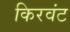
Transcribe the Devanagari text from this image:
किरवंट